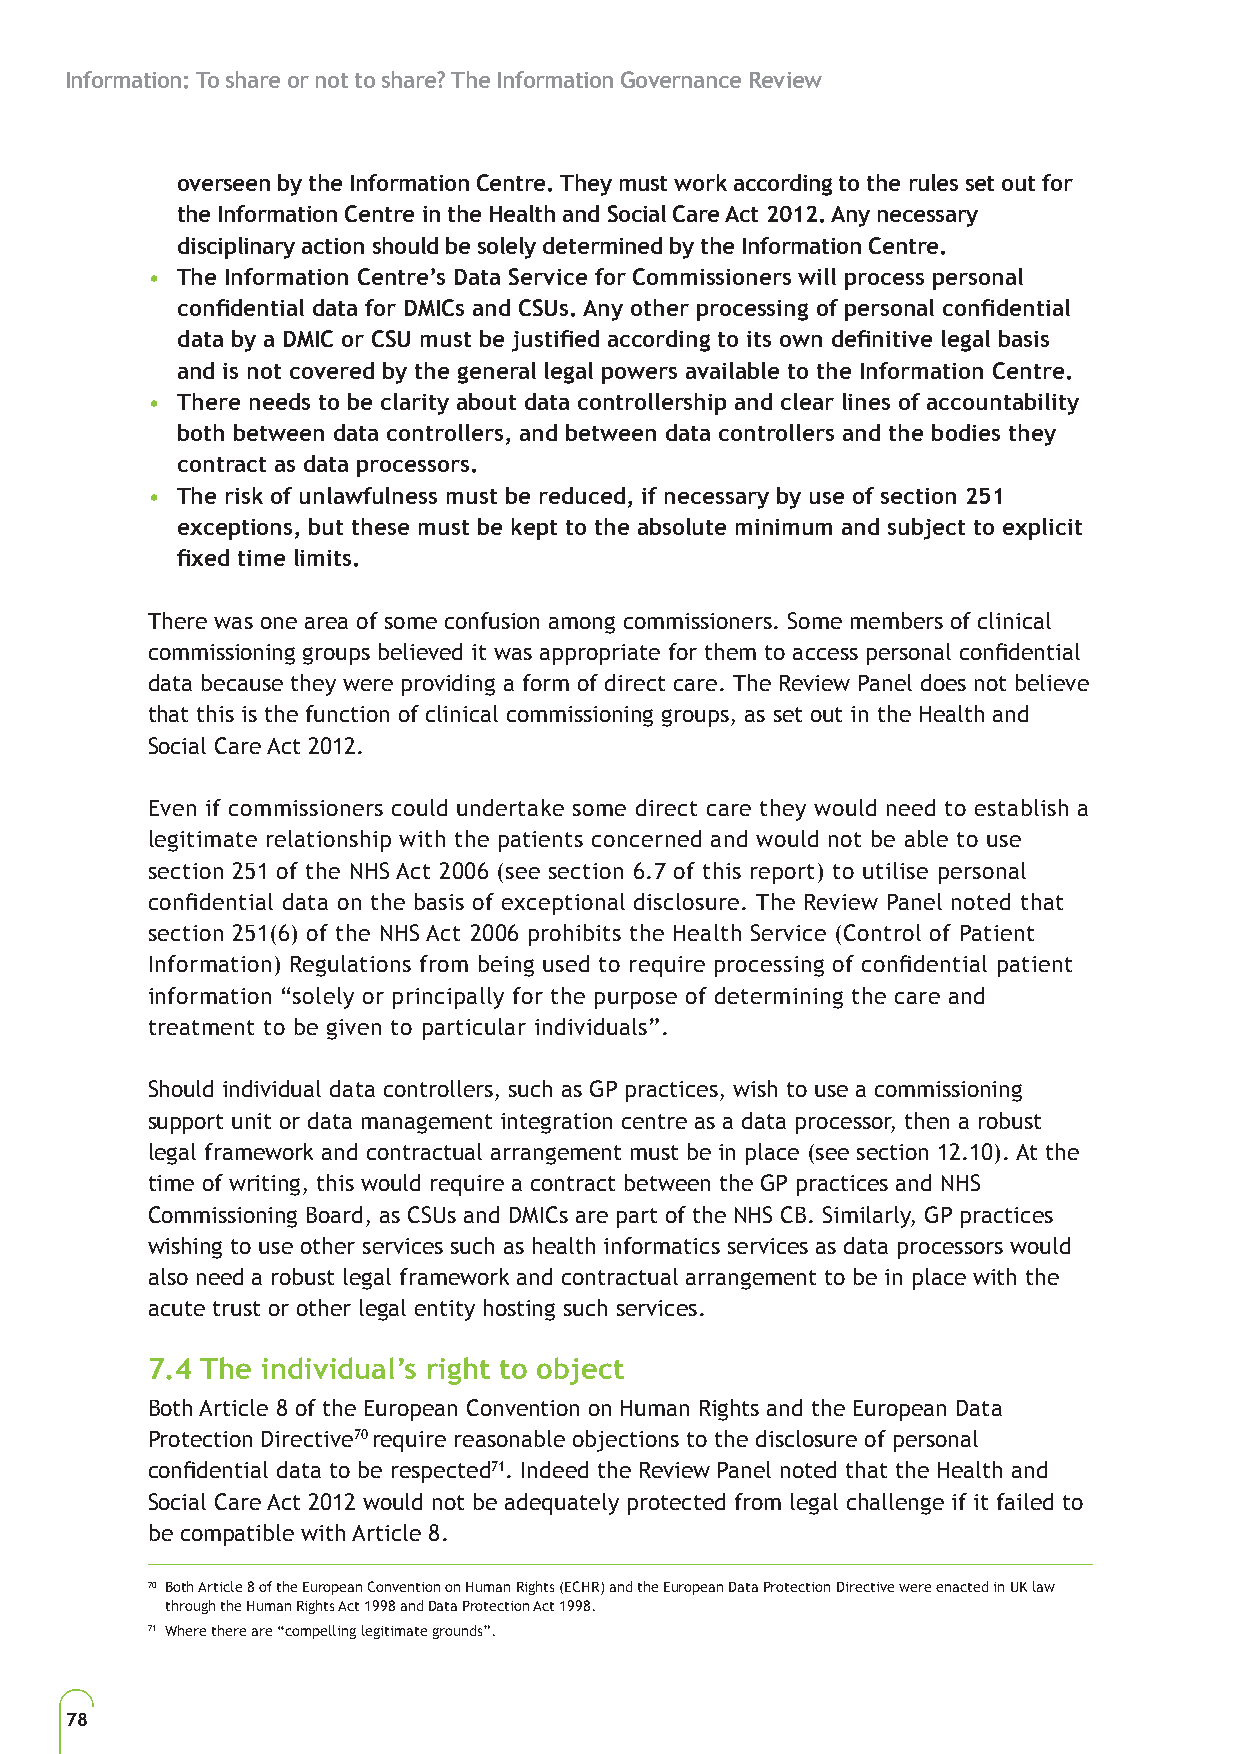
Information: To share or not to share? The Information Governance Review
 overseen by the Information Centre. They must work according to the rules set out for
 the Information Centre in the Health and Social Care Act 2012. Any necessary
 disciplinary action should be solely determined by the Information Centre.
 • The Information Centre’s Data Service for Commissioners will process personal
 confidential data for DMICs and CSUs. Any other processing of personal confidential
 data by a DMIC or CSU must be justified according to its own definitive legal basis
 and is not covered by the general legal powers available to the Information Centre.
 • There needs to be clarity about data controllership and clear lines of accountability
 both between data controllers, and between data controllers and the bodies they
 contract as data processors.
 • The risk of unlawfulness must be reduced, if necessary by use of section 251
 exceptions, but these must be kept to the absolute minimum and subject to explicit
 fixed time limits.
 There was one area of some confusion among commissioners. Some members of clinical
 commissioning groups believed it was appropriate for them to access personal confidential
 data because they were providing a form of direct care. The Review Panel does not believe
 that this is the function of clinical commissioning groups, as set out in the Health and
 Social Care Act 2012.
 Even if commissioners could undertake some direct care they would need to establish a
 legitimate relationship with the patients concerned and would not be able to use
 section 251 of the NHS Act 2006 (see section 6.7 of this report) to utilise personal
 confidential data on the basis of exceptional disclosure. The Review Panel noted that
 section 251(6) of the NHS Act 2006 prohibits the Health Service (Control of Patient
 Information) Regulations from being used to require processing of confidential patient
 information “solely or principally for the purpose of determining the care and
 treatment to be given to particular individuals”.
 Should individual data controllers, such as GP practices, wish to use a commissioning
 support unit or data management integration centre as a data processor, then a robust
 legal framework and contractual arrangement must be in place (see section 12.10). At the
 time of writing, this would require a contract between the GP practices and NHS
 Commissioning Board, as CSUs and DMICs are part of the NHS CB. Similarly, GP practices
 wishing to use other services such as health informatics services as data processors would
 also need a robust legal framework and contractual arrangement to be in place with the
 acute trust or other legal entity hosting such services.
 7.4 The individual’s right to object
 Both Article 8 of the European Convention on Human Rights and the European Data
 Protection Directive70 require reasonable objections to the disclosure of personal
 confidential data to be respected71. Indeed the Review Panel noted that the Health and
 Social Care Act 2012 would not be adequately protected from legal challenge if it failed to
 be compatible with Article 8.
 70 Both Article 8 of the European Convention on Human Rights (ECHR) and the European Data Protection Directive were enacted in UK law
 through the Human Rights Act 1998 and Data Protection Act 1998.
 71 Where there are “compelling legitimate grounds”.
 78